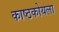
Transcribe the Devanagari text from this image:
काष्ठकोयला